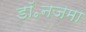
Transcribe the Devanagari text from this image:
डॉ॰नजमा